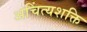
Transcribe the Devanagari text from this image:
अचिंत्यशक्ति